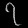
Digit: ၇